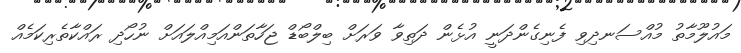
މައުލޫމާތު މުއްސަނދިވި ފެނިގެންދަނީ އުޅެން ދަތިވާ ވަރަށް ބިލްބޯޑް ޖަހާތަންއަމިއްލައަށް ނުހޯދި ރައްކާތެރިކަމެއް